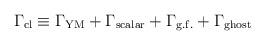
LaTeX: \begin{align*}\Gamma_{\mathrm{cl}} \equiv \Gamma_{\mathrm{YM}}+\Gamma_{\mathrm{scalar}}+\Gamma_{\mathrm{g.f.}}+\Gamma_{\mathrm{ghost}}\end{align*}